Report on horse surra - Volume II, Part II
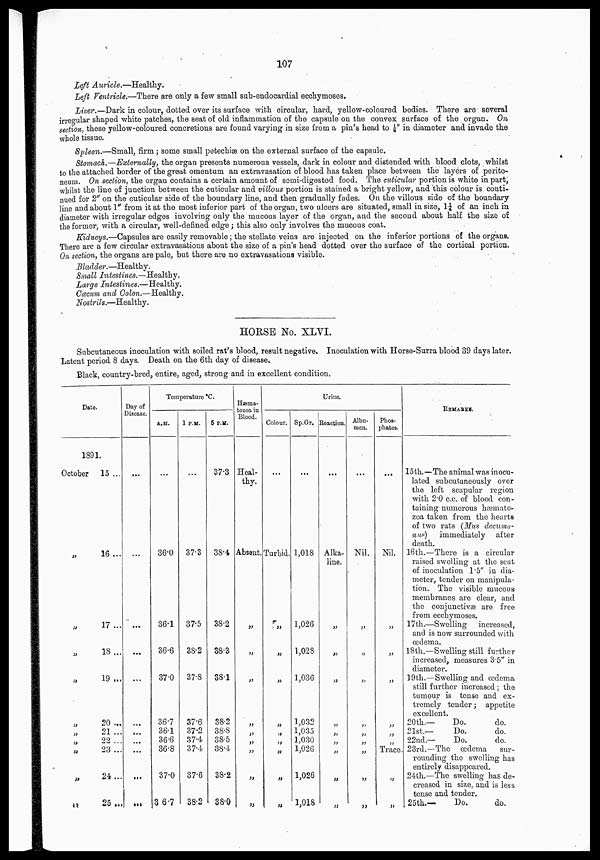
107
Left Auricle.—Healthy.
Left Ventricle.—There are only a few small sub-endocardial ecchymoses.
Liver.—Dark in colour, dotted over its surface with circular, hard, yellow-coloured bodies. There are several
irregular shaped white patches, the seat of old inflammation of the capsule on the convex surface of the organ. On
section, these yellow-coloured concretions are found varying in size from a pin's head to 1/8" in diameter and invade the
whole tissue.
Spleen.—Small, firm; some small petechiæ on the external surface of the capsule.
Stomach.—Externally, the organ presents numerous vessels, dark in colour and distended with blood clots, whilst
to the attached border of the great omentum an extravasation of blood has taken place between the layers of perito-
neum. On section, the organ contains a certain amount of semi-digested food. The cuticular portion is white in part,
whilst the line of junction between the cuticular and villous portion is stained a bright yellow, and this colour is conti-
nued for 2" on the cuticular side of the boundary line, and then gradually fades. On the villous side of the boundary
line and about 1" from it at the most inferior part of the organ, two ulcers are situated, small in size, 1¼ of an inch in
diameter with irregular edges involving only the mucous layer of the organ, and the second about half the size of
the former, with a circular, well-defined edge; this also only involves the mucous coat.
Kidneys.—Capsules are easily removable; the stellate veins are injected on the inferior portions of the organs.
There are a few circular extravasations about the size of a pin's head dotted over the surface of the cortical portion.
On section, the organs are pale, but there are no extravasations visible.
Bladder.—Healthy.
Small Intestines.—Healthy.
Large Intestines.—Healthy.
Cœcum and Colon.—Healthy.
Nostrils.—Healthy.
HORSE No. XLVI.
Subcutaneous inoculation with soiled rat's blood, result negative. Inoculation with Horse-Surra blood 39 days later.
Latent period 8 days. Death on the 6th day of disease.
Black, country-bred, entire, aged, strong and in excellent condition.
Date.
1891.
October
„
„
„
„
„
„
„
„
„
„
15 ...
16...
17 ...
18....
19 ...
20 ...
21 ...
22 ...
23 ...
24...
25 ...
Day of
Disease.
...
...
...
...
...
...
...
...
...
...
Temperature °C.
A.M.
...
36.0
36.1
36.6
37.0
36.7
36.1
36.6
36.8
37.0
36.7
1 P.M.
...
37.3
37.5
38.2
37.8
37.6
37.2
37.4
37.4
37.6
38.2
5 P.M.
37.3
38.4
38.2
38.3
38.1
38.2
38.8
38.5
38.4
38.2
38.0
Hæma-
tozoa in
Blood.
Heal-
thy.
Absant.
„
„
„
„
„
„
„
„
„
Colour.
...
Turbid.
„
„
„
„
„
„
„
„
„
Sp.Gr.
...
1,018
1,026
1,028
1,036
1,032
1,035
1,030
1,026
1,026
1,018
Urine.
Reaction.
...
Alka-
line.
„
„
„
„
„
„
„
„
„
Albu-
men.
...
Nil.
„
„
„
„
„
„
„
„
Phos-
phates.
...
Nil.
„
„
„
„
Trace.
„
„
REMARKS.
15th.—The animal was inocu-
lated subcutaneously over
the left scapular region
with 2.0 c.c. of blood con-
taining numerous hæmato-
zoa taken from the hearts
of two rats (Mus decuma-
nus) immediately after
death.
16th.—There is a circular
raised swelling at the seat
of inoculation 1.5" in dia-
meter, tender on manipula-
tion. The visible mucous
membranes are clear, and
the conjunctivæ are free
from ecchymoses.
17th.—Swelling increased,
and is now surrounded with
œdema.
18th.—Swelling still further
increased, measures 3.5" in
diameter.
19th.—Swelling and œdema
still further increased ; the
tumour is tense and ex-
tremely tender ; appetite
excellent.
20th.—
Do.
do.
21st.—
Do.
do.
22nd.—
Do.
do.
23rd.—The œdema sur-
rounding the swelling has
entirely disappeared.
24th.—The swelling has de-
creased in size, and is less
tense and tender.
25th.—
Do.
do.